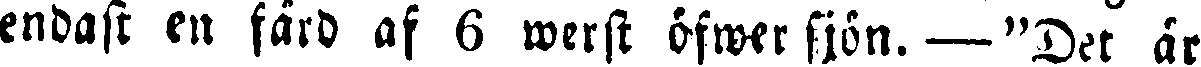
endast en färd af 6 werst öfwer sjön. — "Det är